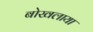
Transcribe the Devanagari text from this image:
बोखलाया